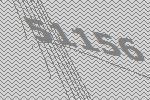
51156